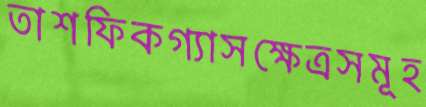
তাশফিকগ্যাসক্ষেত্রসমূহ